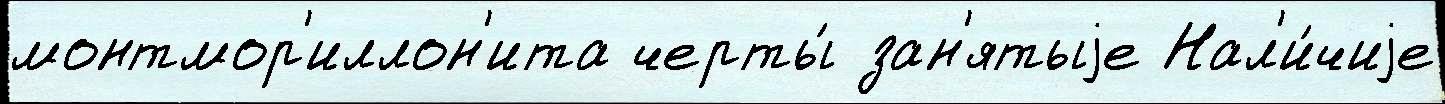
монтмор'иллон'ита черты́ зан'ятыjе Нал'и́чиjе